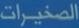
الصخائر